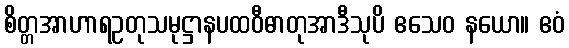
စိတ္တအာဟာရဥတုသမုဋ္ဌာနပထဝီဓာတုအာဒီသုပိ ဧသေဝ နယော။ ဧဝံ